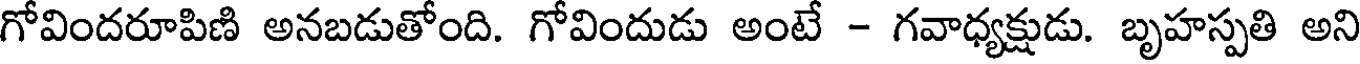
గోవిందరూపిణి అనబడుతోంది. గోవిందుడు అంటే - గవాధ్యక్షుడు. బృహస్పతి అని